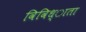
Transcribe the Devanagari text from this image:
विविध्ाता